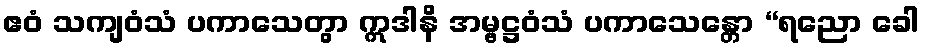
ဧဝံ သကျဝံသံ ပကာသေတွာ ဣဒါနိ အမ္ဗဋ္ဌဝံသံ ပကာသေန္တော “ရညော ခေါ